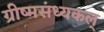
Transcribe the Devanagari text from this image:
ग्रीष्मसंध्यकल्